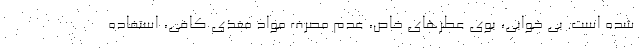
شده است. بی خوابی، بوی عطرهای خاص، عدم مصرف مواد مغذی کافی، استفاده